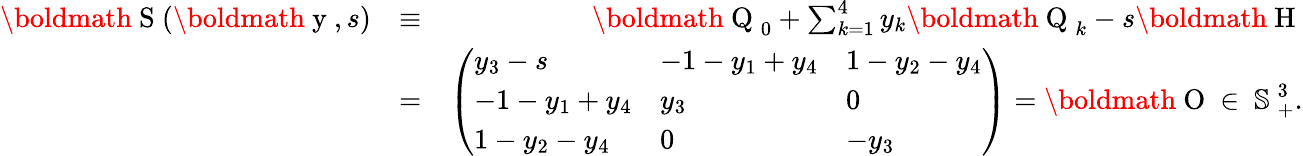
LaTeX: \begin{array}{rlr}{\mathrm{\boldmath~S~}(\mathrm{\boldmath~y~},s)}&{\equiv}&{\mathrm{\boldmath~Q~}_{0}+\sum_{k=1}^{4}y_{k}\mathrm{\boldmath~Q~}_{k}-s\mathrm{\boldmath~H~}}\\ &{=}&{\left(\begin{array}{lll}{y_{3}-s}&{-1-y_{1}+y_{4}}&{1-y_{2}-y_{4}}\\ {-1-y_{1}+y_{4}}&{y_{3}}&{0}\\ {1-y_{2}-y_{4}}&{0}&{-y_{3}}\end{array}\right)=\mathrm{\boldmath~O~}\in\mathrm{~\mathbb{S}~}_{+}^{3}.}\end{array}